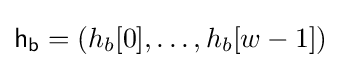
{\textsf {h}}_{\textsf {b}}=(h_{b}[0],\ldots ,h_{b}[w-1])